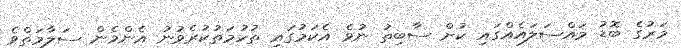
މަރުގެ ބޮޑު މައްސަލައެއްގައި ކުށް ސާބިތު ނުވެ އެކަމުގައި ތުހުމަތުކުރެވުނު އެންމެން ސަލާމަތްވެ